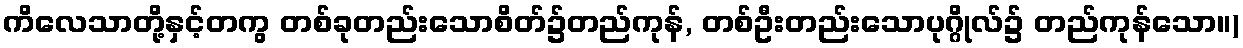
ကိလေသာတို့နှင့်တကွ တစ်ခုတည်းသောစိတ်၌တည်ကုန်, တစ်ဦးတည်းသောပုဂ္ဂိုလ်၌ တည်ကုန်သော။)